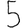
Digit: 5